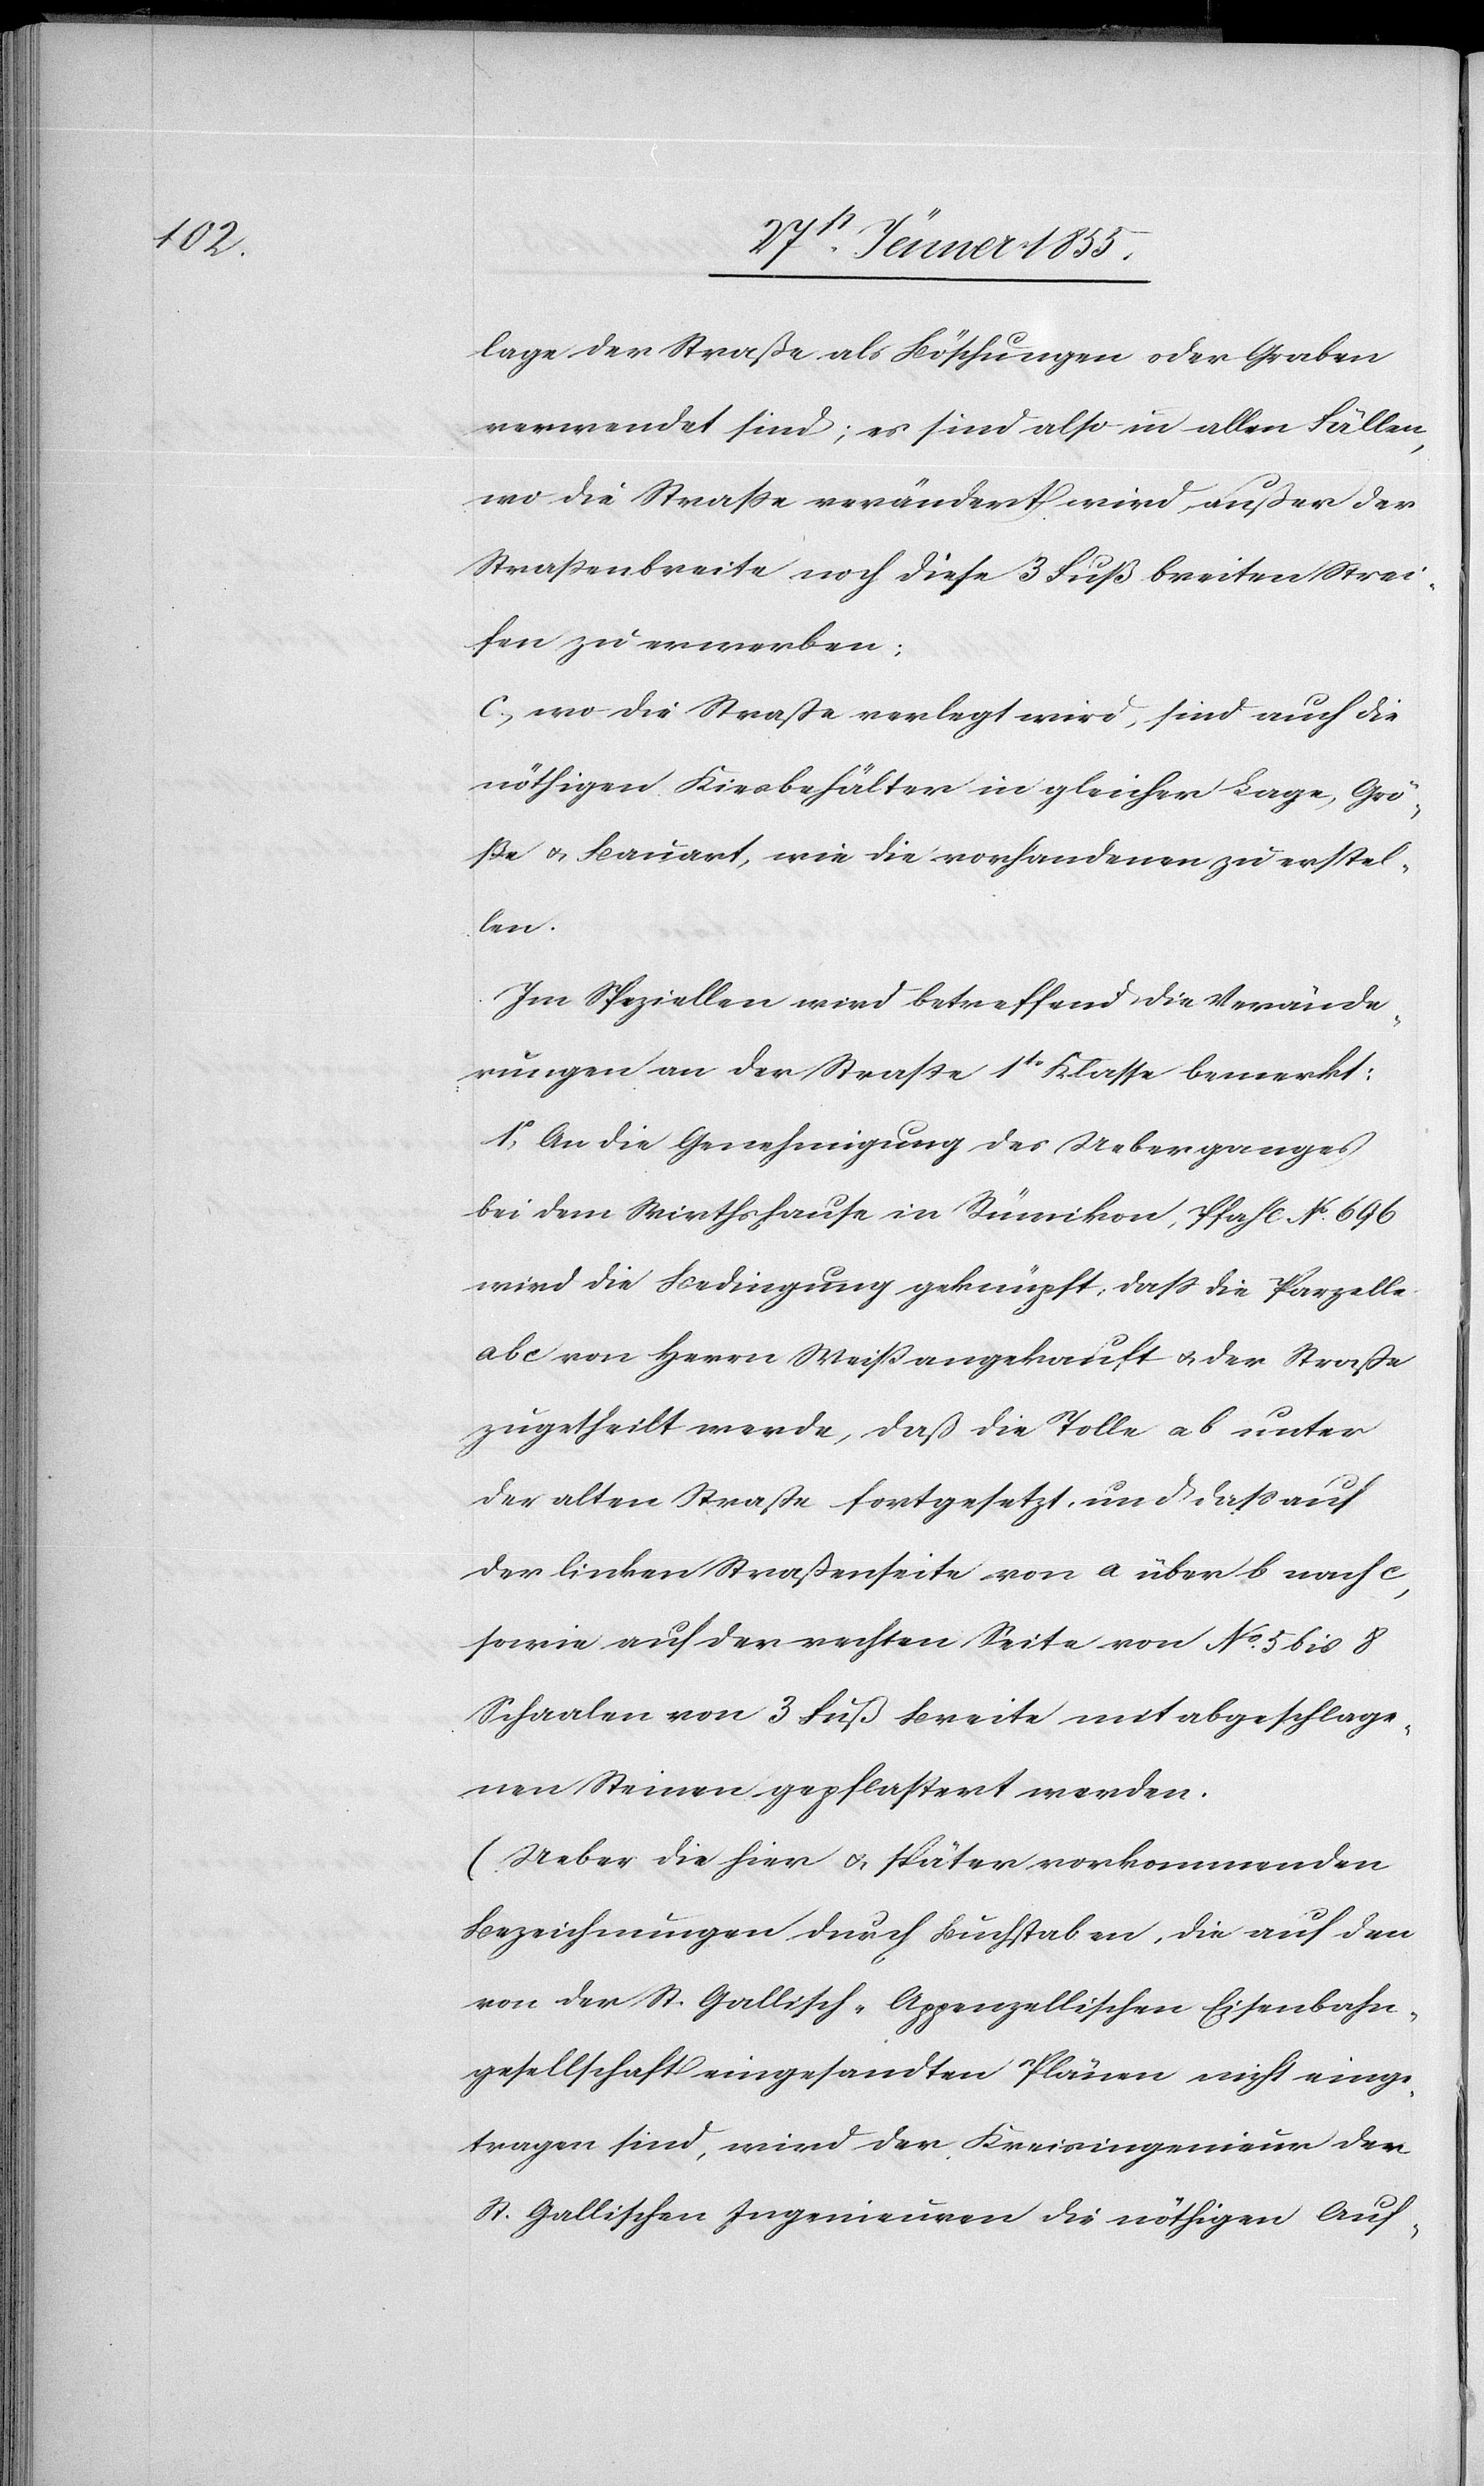
lage der Straße als Böschungen oder Graben
verwendet sind; es sind also in allen Fällen,
wo die Straße verändert wird, außer der
Straßenbreite noch diese 3 Fuß breiten Strei¬
fen zu erwerben;
wo die Straße verlegt wird, sind auch die
nöthigen Kiesbehälter in gleicher Lage, Grö¬
ße & Bauart, wie die vorhandenen zu erstel¬
len.
Im Speziellen wird betreffend die Verände¬
rungen an der Straße 1tr Klasse bemerkt:
1o, An die Genehmigung des Ueberganges
bei dem Wirthshause in Rümikon, Pfahl No. 696
wird die Bedingung geknüpft, daß die Parzelle
a b c von Herrn Weiß angekauft & der Straße
zugetheilt werde, daß die Tolle a b unter
der alten Straße fortgesetzt, und daß auf
der linken Straßenseite von a über b nach c,
sowie auf der rechten Seite von No. 5 bis 8
Schaalen von 3 Fuß Breite mit abgeschlage¬
nen Steinen gepflastert werden.
(Ueber die hier & später vorkommenden
Bezeichnungen durch Buchstaben, die auf den
von der St. Gallisch-Appenzellischen Eisenbahn¬
gesellschaft eingesandten Plänen nicht einge¬
tragen sind, wird der Kreisingenieur den
St. Gallischen Ingenieuren die nöthigen Auf-